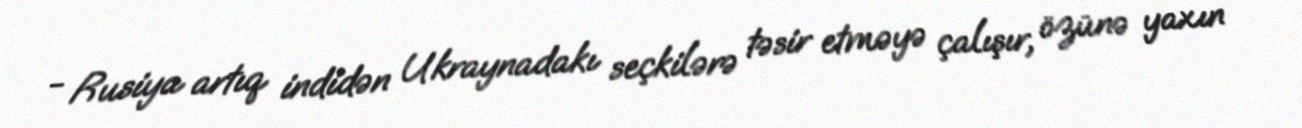
- Rusiya artıq indidən Ukraynadakı seçkilərə təsir etməyə çalışır, özünə yaxın